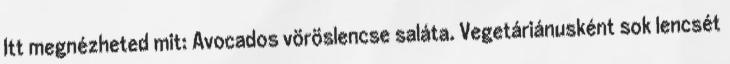
Itt megnézheted mit: Avocados vöröslencse saláta. Vegetáriánusként sok lencsét